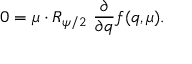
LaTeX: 0 = \mu \cdot R _ { \psi / 2 } \ { \frac { \partial } { \partial q } } f ( q , \mu ) .